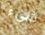
شيء